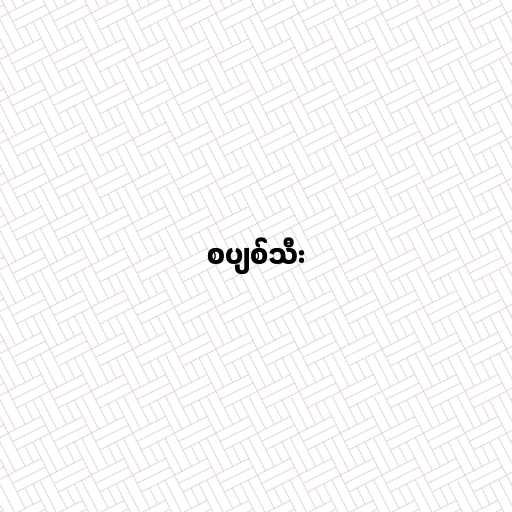
စပျစ်သီး